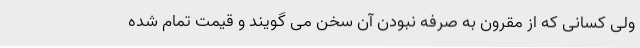
ولی کسانی که از مقرون به صرفه نبودن آن سخن می گویند و قیمت تمام شده